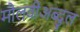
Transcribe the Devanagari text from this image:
मौलवीअब्दुल